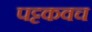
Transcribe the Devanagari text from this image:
पट्टकवच